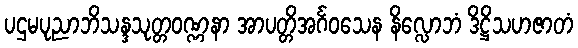
ပဌမပုညာဘိသန္ဒသုတ္တဝဏ္ဏနာ အာပတ္တိအင်္ဂဝသေန နိလ္လောဘံ ဒိဋ္ဌိသဟဇာတံ